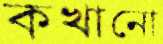
কখানো